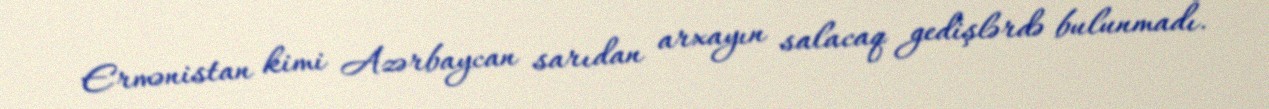
Ermənistan kimi Azərbaycan sarıdan arxayın salacaq gedişlərdə bulunmadı.